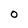
Character: 0